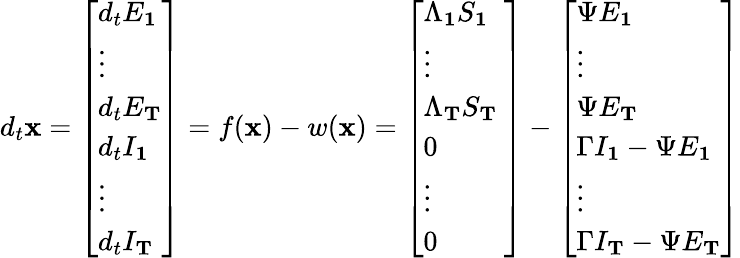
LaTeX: d_{t}\mathbf{x}=\left[\begin{array}{l}{d_{t}E_{\mathbf{1}}}\\ {\vdots}\\ {d_{t}E_{\mathbf{T}}}\\ {d_{t}I_{\mathbf{1}}}\\ {\vdots}\\ {d_{t}I_{\mathbf{T}}}\end{array}\right]=f(\mathbf{x})-w(\mathbf{x})=\left[\begin{array}{l}{\Lambda_{\mathbf{1}}S_{\mathbf{1}}}\\ {\vdots}\\ {\Lambda_{\mathbf{T}}S_{\mathbf{T}}\ }\\ {0}\\ {\vdots}\\ {0}\end{array}\right]-\left[\begin{array}{l}{\Psi E_{\mathbf{1}}}\\ {\vdots}\\ {\Psi E_{\mathbf{T}}}\\ {\Gamma I_{\mathbf{1}}-\Psi E_{\mathbf{1}}}\\ {\vdots}\\ {\Gamma I_{\mathbf{T}}-\Psi E_{\mathbf{T}}}\end{array}\right]